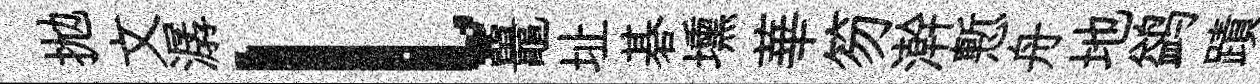
拋文潺l鼉址碁壎華笏澣慙舟地鹢蹟